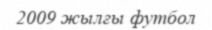
2009 жылғы футбол